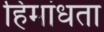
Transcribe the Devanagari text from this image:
हिमांधता